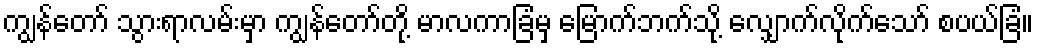
ကျွန်တော် သွားရာလမ်းမှာ ကျွန်တော်တို့ မာလကာခြံမှ မြောက်ဘက်သို့ လျှောက်လိုက်သော် စပယ်ခြံ။